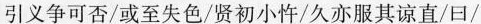
引义争可否/或至失色/贤初小忤/久亦服其谅直/曰/